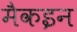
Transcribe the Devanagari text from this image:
मैकइन